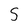
Character: S